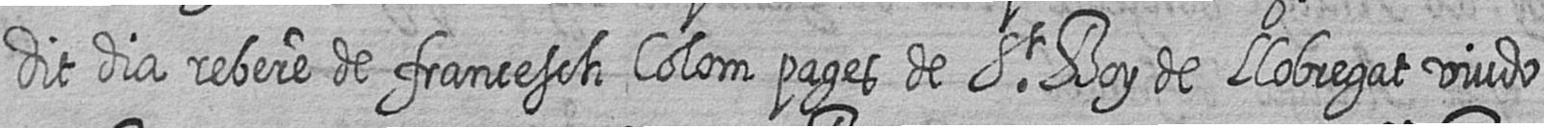
dit dia rebere de francesch Colom pages de St Boy de Llobregat viudo